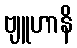
ဗျူဟာနိ